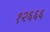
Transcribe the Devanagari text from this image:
१२६६६